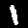
Label: 1